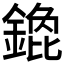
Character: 𲇚